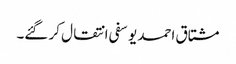
مشتاق احمد یوسفی انتقال کر گئے۔